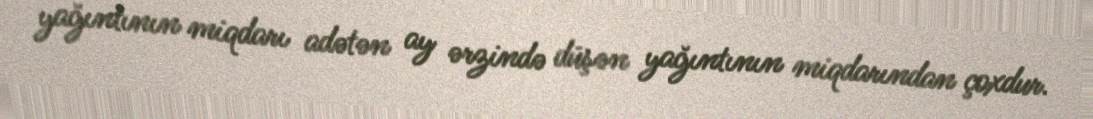
yağıntının miqdarı adətən ay ərzində düşən yağıntının miqdarından çoxdur.